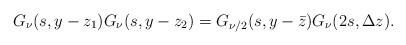
LaTeX: \begin{align*} G_\nu(s,y-z_1)G_\nu(s,y-z_2) = G_{\nu/2}(s,y-\bar{z}) G_{\nu}(2s, \Delta z).\end{align*}